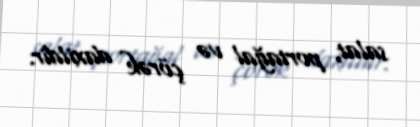
salat, portağal və çörək daxildir.